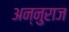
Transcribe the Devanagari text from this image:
अन्नुराज